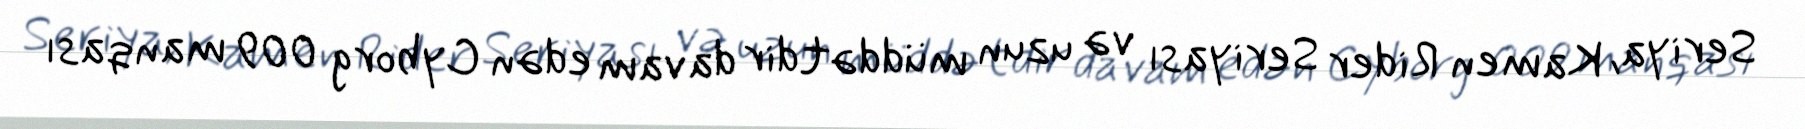
Seriya, Kamen Rider Seriyası və uzun müddətdir davam edən Cyborg 009 manqası